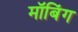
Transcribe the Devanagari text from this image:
मॉबिंग